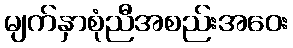
မျက်နှာစုံညီအစည်းအဝေး